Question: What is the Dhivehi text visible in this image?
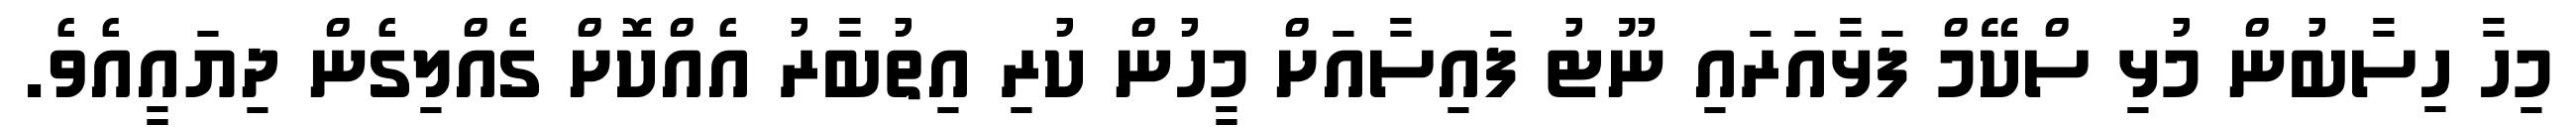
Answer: މިހާ ހިސާބުން މުޅި ސްކޭމް ފަޅާއަރައި ނޫޓު ފައިސާއަށް މީހުން ކުރި އިތުބާރު އެއްކޮށް ގެއްލިގެން ދިޔައީއެވެ.